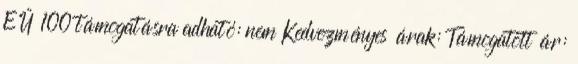
EÜ 100 támogatásra adható: nem Kedvezményes árak: Támogatott ár: